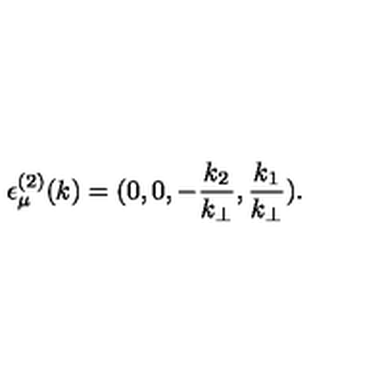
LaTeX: { \epsilon } _ { \mu } ^ { ( 2 ) } ( k ) = ( 0 , 0 , - \frac { k _ { 2 } } { k _ { \bot } } , \frac { k _ { 1 } } { k _ { \bot } } ) .